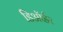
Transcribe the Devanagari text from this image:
डिऑर्डर